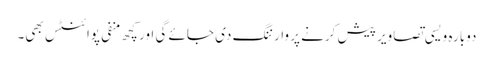
دوبارہ ویسی تصاویر پیش کرنے پر وارننگ دی جائے گی اور کچھ منفی پوائنٹس بھی۔